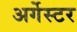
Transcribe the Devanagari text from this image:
अर्गेस्टर